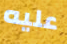
عليه